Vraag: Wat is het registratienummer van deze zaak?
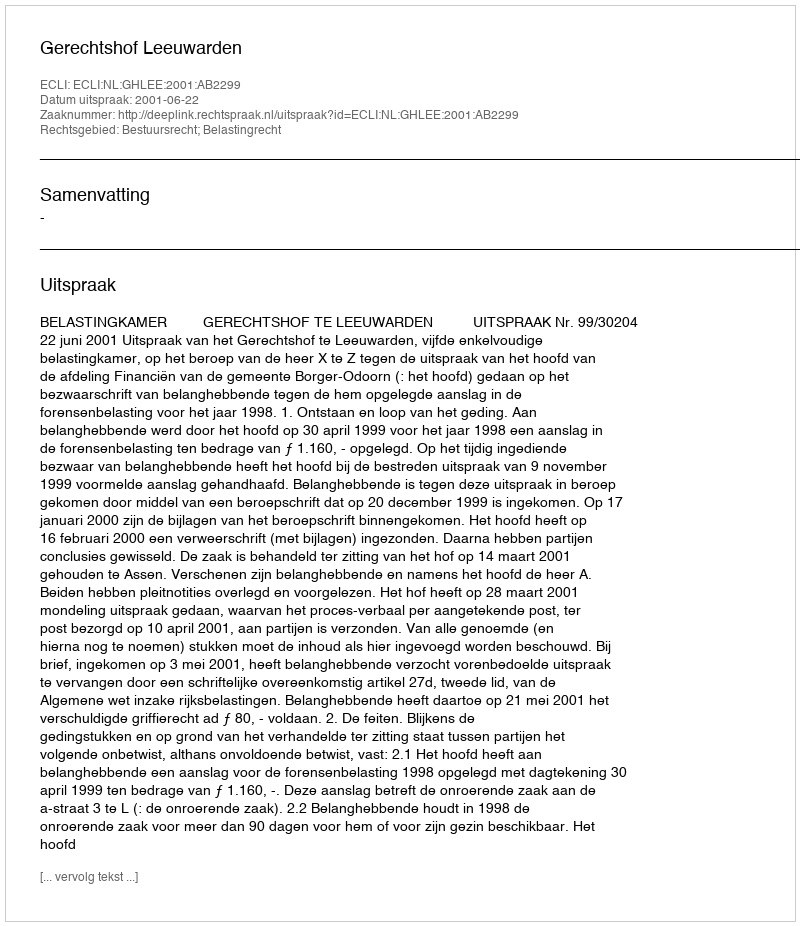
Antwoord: http://deeplink.rechtspraak.nl/uitspraak?id=ECLI:NL:GHLEE:2001:AB2299